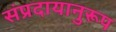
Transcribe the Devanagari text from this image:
संप्रदायानुरूप